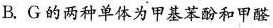
B.G的两种单体为甲基苯酚和甲醛`CH|OHH